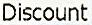
DISCOUNT